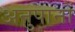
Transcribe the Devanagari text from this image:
अनुपानों